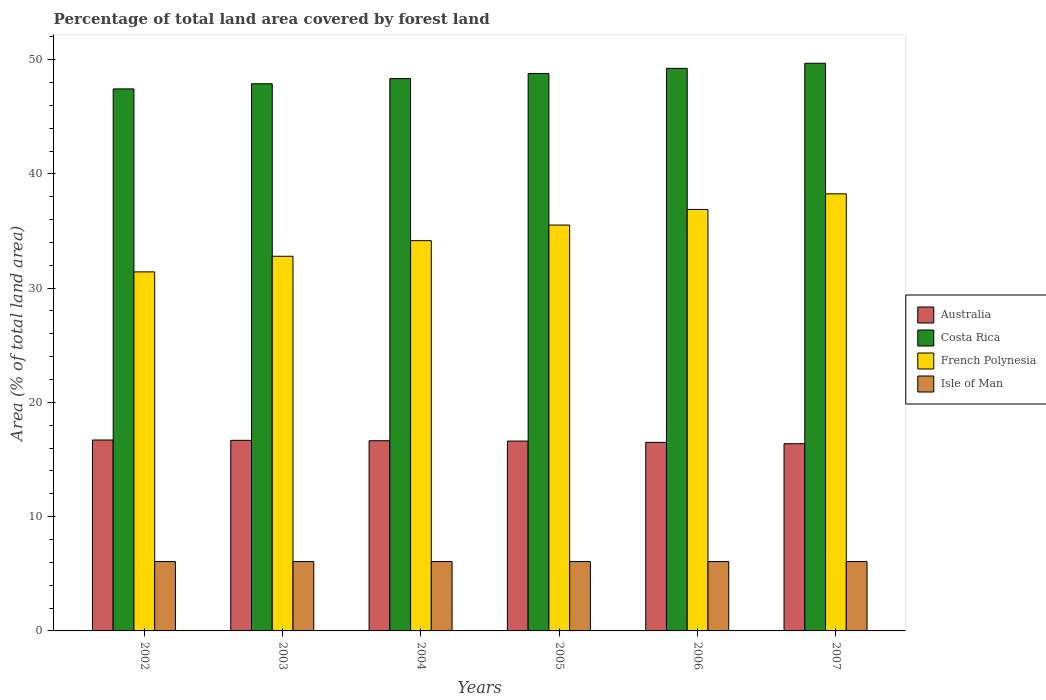
| Years | Australia | Costa Rica | French Polynesia | Isle of Man |
 | --- | --- | --- | --- | --- |
 | 2002 | 16.7 | 47.4 | 31.4 | 6.07 |
 | 2003 | 16.7 | 47.9 | 32.8 | 6.07 |
 | 2004 | 16.6 | 48.3 | 34.2 | 6.07 |
 | 2005 | 16.6 | 48.8 | 35.5 | 6.07 |
 | 2006 | 16.5 | 49.2 | 36.9 | 6.07 |
 | 2007 | 16.4 | 49.7 | 38.3 | 6.07 |